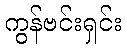
ကွန်ဗင်းရှင်း